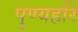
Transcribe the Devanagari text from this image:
पुण्यहरि